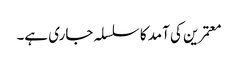
معتمرین کی آمد کا سلسلہ جاری ہے۔